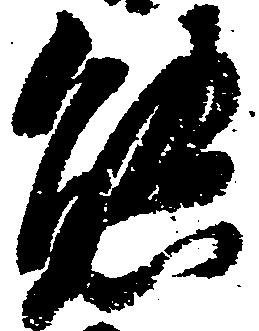
態